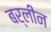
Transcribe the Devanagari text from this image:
बर्लीन